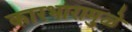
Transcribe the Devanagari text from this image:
कारभारामुळे